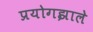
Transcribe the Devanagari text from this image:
प्रयोगझाले